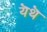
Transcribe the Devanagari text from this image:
यॆथॆ